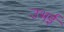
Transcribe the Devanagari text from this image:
उभई